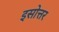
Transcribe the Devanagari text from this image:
इसोत्तर